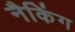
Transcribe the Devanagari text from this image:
नैकिंग